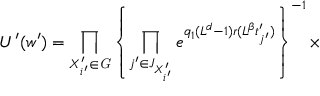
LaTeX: U ^ { \prime } ( w ^ { \prime } ) = \prod _ { X _ { i ^ { \prime } } ^ { \prime } \in { \it G } } \left\{ \prod _ { j ^ { \prime } \in J _ { X _ { i ^ { \prime } } ^ { \prime } } } e ^ { q _ { 1 } ( L ^ { d } - 1 ) r ( L ^ { \beta } t _ { j ^ { \prime } } ^ { \prime } ) } \right\} ^ { - 1 } \times